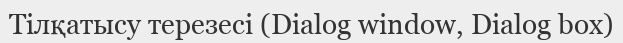
Тілқатысу терезесі (Dialog window, Dialog box)